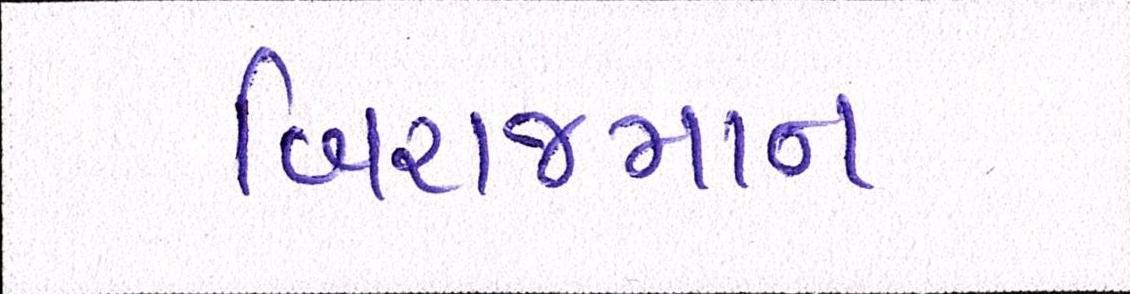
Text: બિરાજમાન